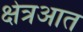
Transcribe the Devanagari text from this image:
क्षेत्रआत